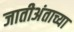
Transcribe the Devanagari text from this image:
जातीअंताच्या